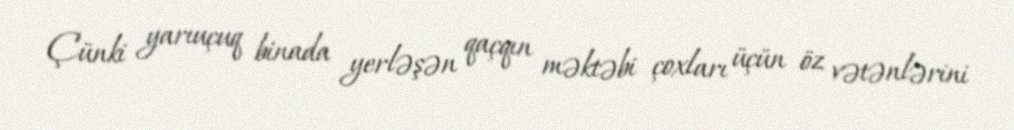
Çünki yarıuçuq binada yerləşən qaçqın məktəbi çoxları üçün öz vətənlərini